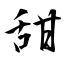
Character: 甜